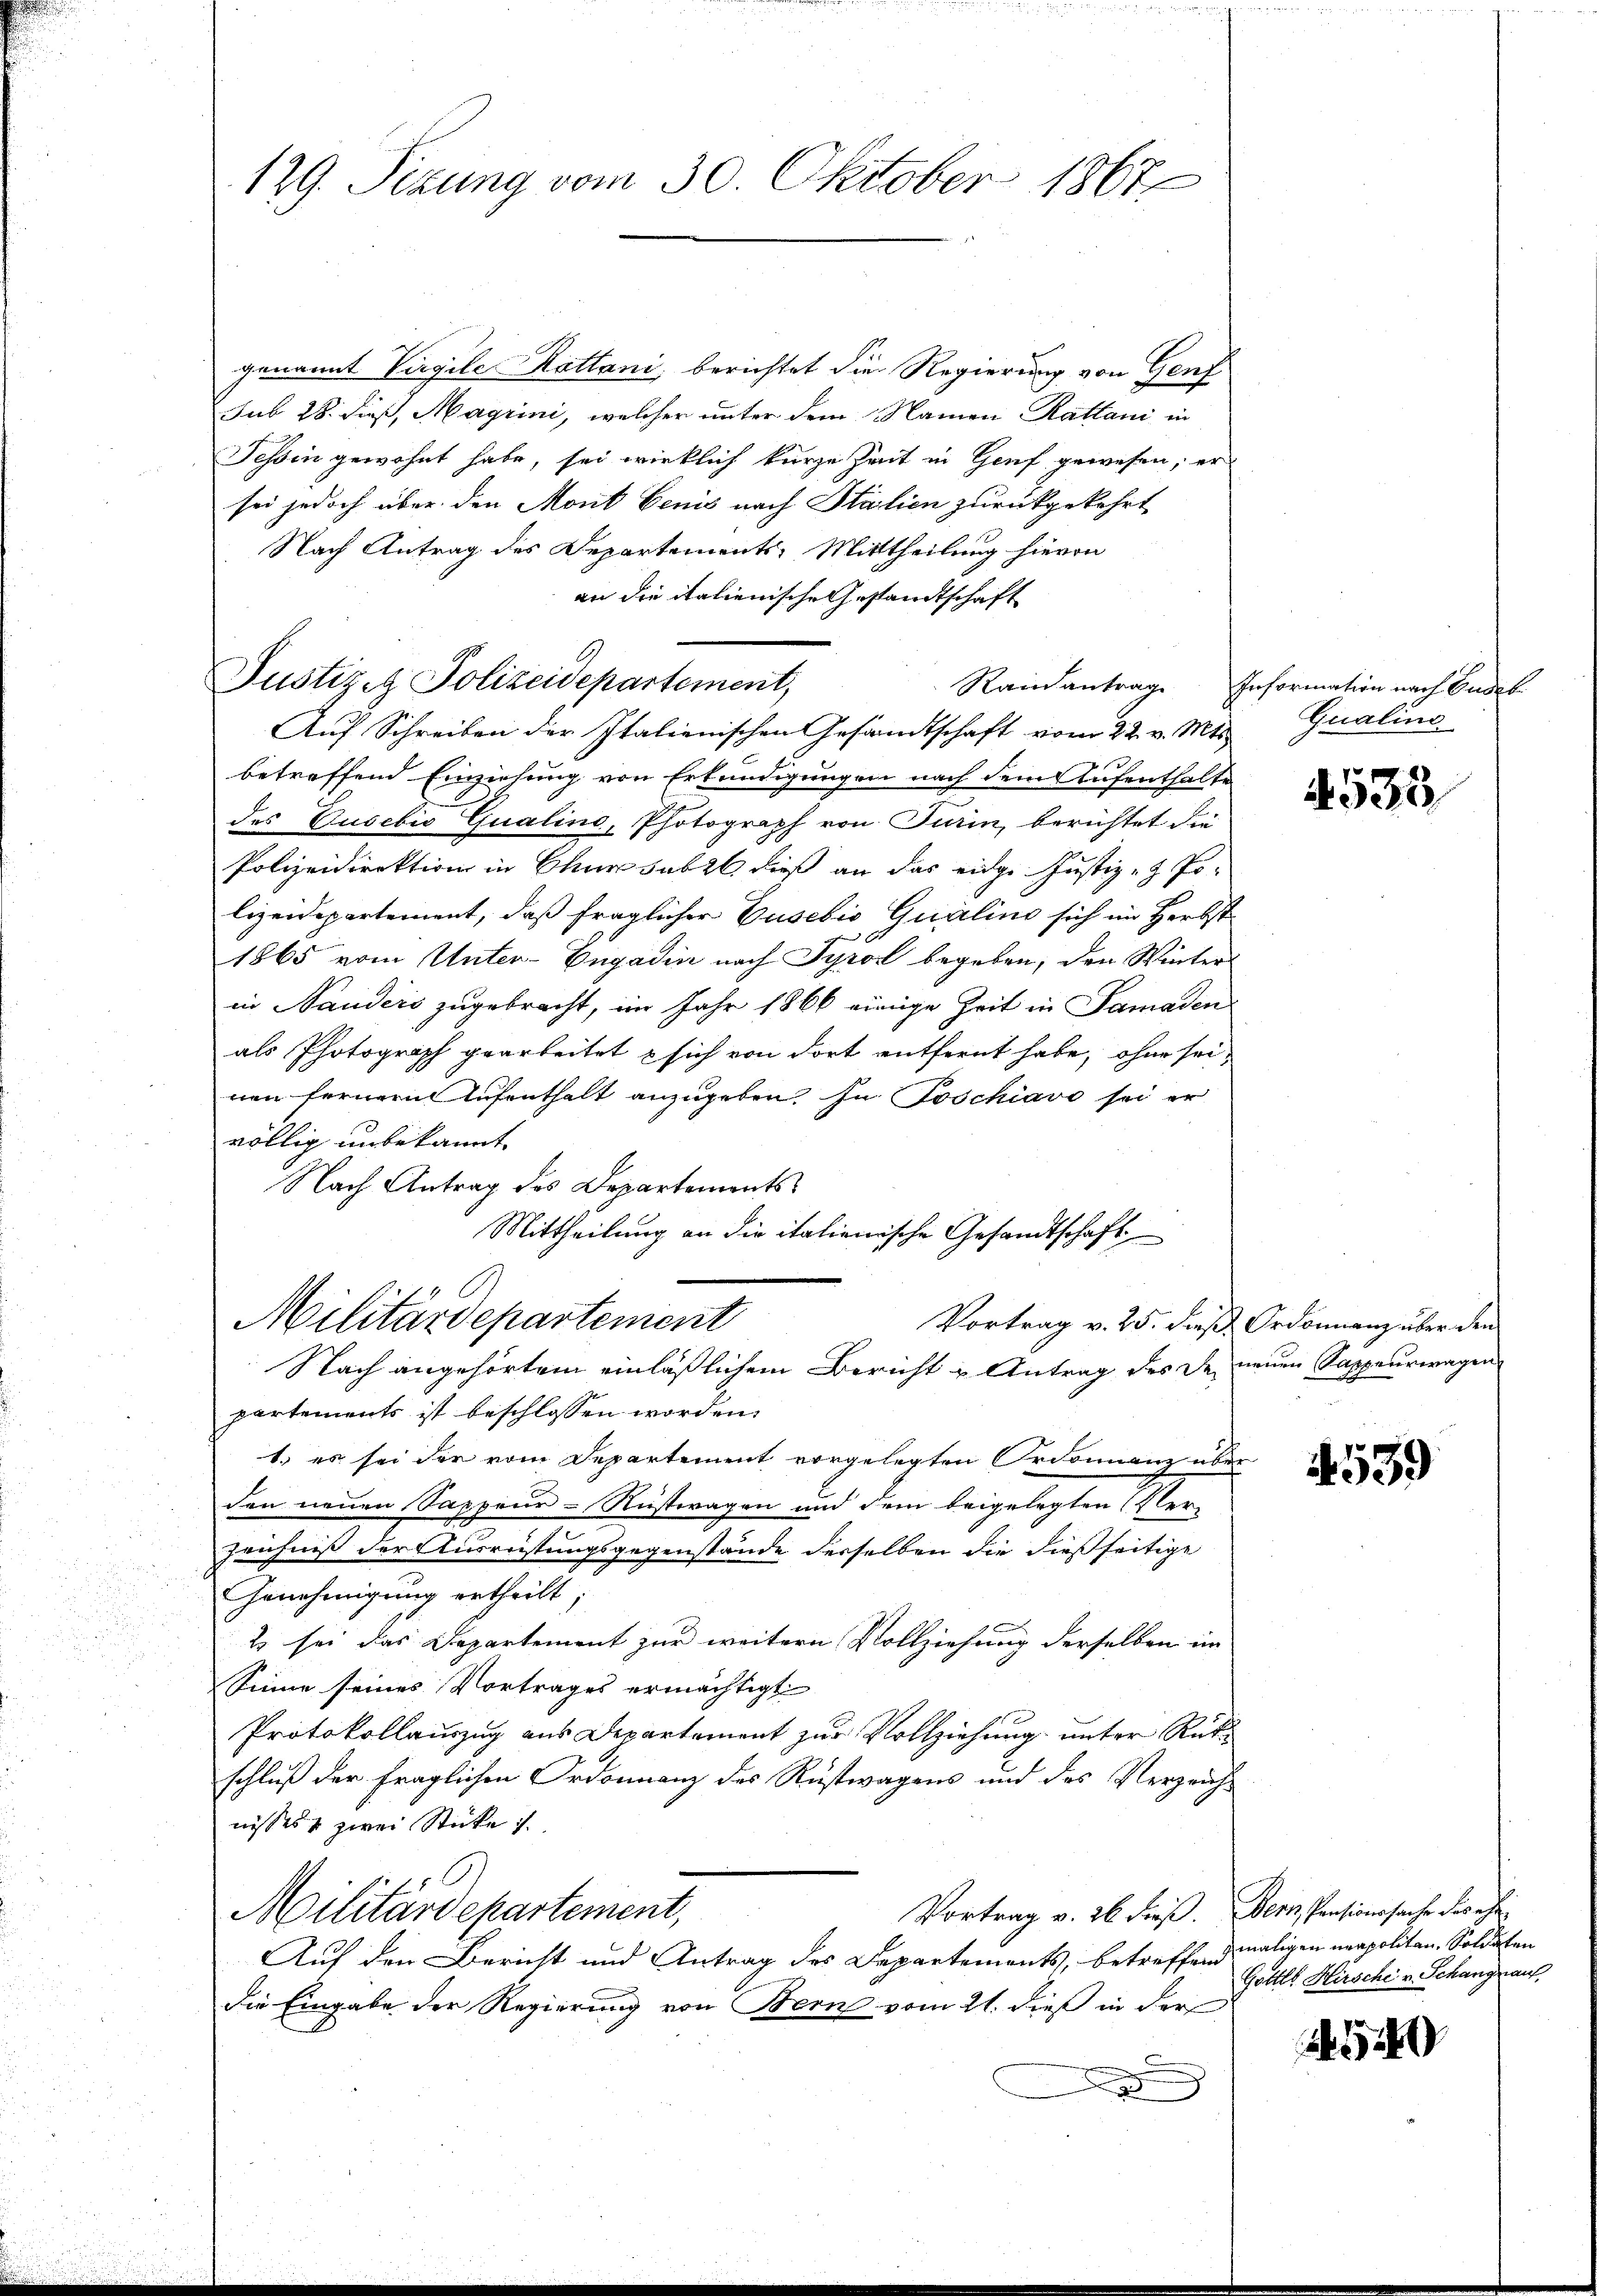
genannt Virgile Kattani, berichtet die Regierung von Genf
sub 28. dieß, Magrini, welcher unter dem Namen Rattani in
Tessin gewohnt habe, sei wirklich kurze Zeit in Genf gewesen, er
sei jedoch über den Mont benis nach Stalien zurückgekehrt
Nach Antrag des Departements-Mittheilung hievon
an die italienische Gestandtschaft
Justiz & Polizeidepartement,
Auf Schreiben der Italienischen Gesandtschaft vom 22. v. Mts.
betreffend Einziehung von Erkundigungen nach dem Aufenthalte
des Gusebio Qualino, Photograph von Turin, berichtet die
Polizeidirektion in Chur subst dieß an das eidge Justiz- & Polizeidepartement, daß fraglicher Gusebio Qualino sich im Herbst
1865 vom Unter-Engadin nach Tyrol begeben, den Winters
in Bauders zugebracht, im Jahr 1866 einige Zeit in Samaden
als Photograph gearbeitet sich von dort entfernt habe, ohne seinen fernern Aufenthalt anzugeben. In Poschiavo sei er
völlig unbekannt.
Nach Antrag des Departements
Mittheilung an die italienische Gesandtschaft
Militärdepartement
Vortrag v. 25. dieß. Ordonnanz über den
Nach angehörtem einläßlichem Bericht u Antrag des de neuen Sappeurwagen
partements ist beschlossen worden.
1. es sei der vom Departement vorgelegten Ordonnane über
den neuen Sappeur-Rüsteragen und dem beigelegten Elen
zeichniß der Ausreistungsgegenstände derselben die dießseitige
Genehmigung ertheilt;
2 sei das Departement zur weitern Vollziehung derselben im
Sinne seines Vortrages ermächtigt
Protokollauszug aus Departement zur Vollziehung unter Rüt
schluß der fraglichen Ordonnanz des Rustwagens und des Verzeichnisses & zwei Stücke
O
Militärdepartement,
Vortrag v. 26 dieß. Bern Pensionssache des ehe¬
Auf den Bericht und Antrag des Departements, betreffend
die Eingabe der Regierung von Bern vom 21. dieß in der

129. Sizung vom 30. Oktober 1867

Randantrage Information nach Gadeb

Qualine

4535

539

maligen neapolitan, Soldaten
Gottes Hirsche v. Schangnau,

540